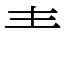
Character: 龶